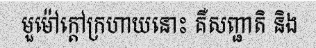
មួម៉ៅក្តៅក្រហាយនោះ គឺសញ្ជាតិ និង